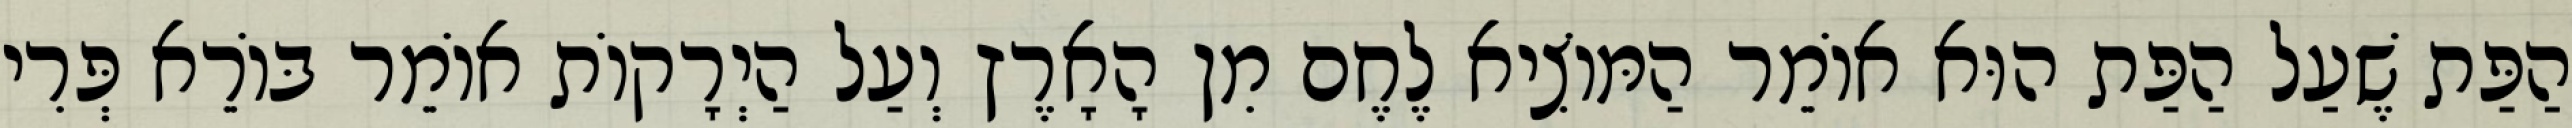
הַפַּת שֶׁעַל הַפַּת הוּא אוֹמֵר הַמּוֹצִיא לֶחֶם מִן הָאָרֶץ וְעַל הַיְרָקוֹת אוֹמֵר בּוֹרֵא פְּרִי